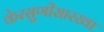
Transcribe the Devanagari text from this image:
केरसुणीसारखा